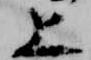
上